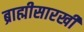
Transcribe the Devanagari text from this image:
ब्राह्मीसारखी